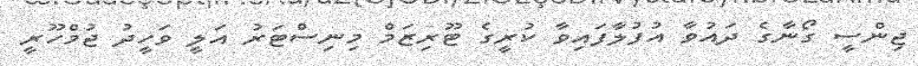
ޖިންސީ ގޯނާގެ ދައުވާ އުފުލާފައިވާ ކުރީގެ ޓޫރިޒަމް މިނިސްޓަރު އަލީ ވަހީދު ޖުމްހޫރީ